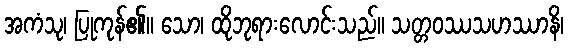
အကံသု၊ ပြုကုန်၏။ သော၊ ထိုဘုရားလောင်းသည်။ သတ္တဝဿသဟဿာနိ၊